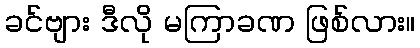
ခင်ဗျား ဒီလို မကြာခဏ ဖြစ်လား။